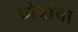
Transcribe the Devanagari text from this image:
घोषांचा